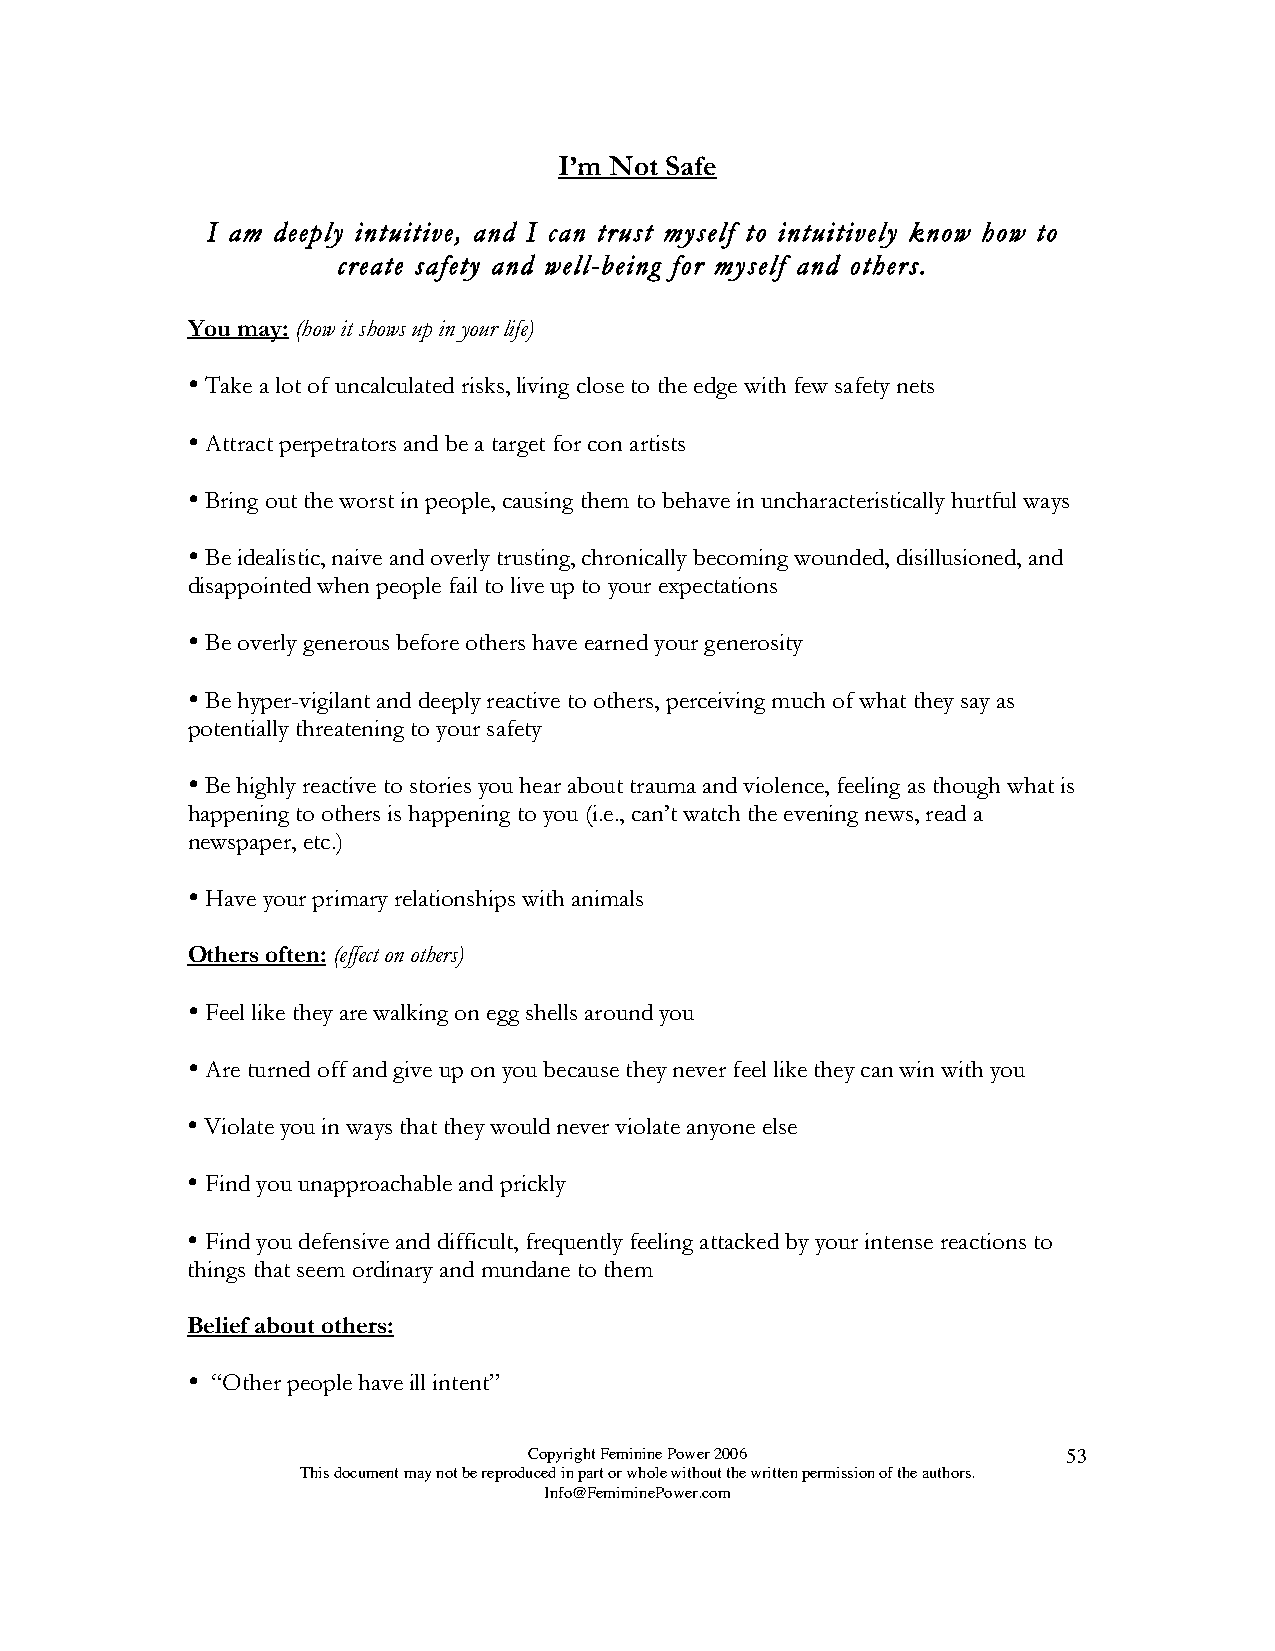
I’m Not Safe
 I am deeply intuitive, and I can trust myself to intuitively know how to
 create safety and well-being for myself and others.
 You may: (how it shows up in your life)
 
 Take a lot of uncalculated risks, living close to the edge with few safety nets
 
 Attract perpetrators and be a target for con artists
 
 Bring out the worst in people, causing them to behave in uncharacteristically hurtful ways
 
 Be idealistic, naive and overly trusting, chronically becoming wounded, disillusioned, and
 disappointed when people fail to live up to your expectations
 
 Be overly generous before others have earned your generosity
 
 Be hyper-vigilant and deeply reactive to others, perceiving much of what they say as
 potentially threatening to your safety
 
 Be highly reactive to stories you hear about trauma and violence, feeling as though what is
 happening to others is happening to you (i.e., can’t watch the evening news, read a
 newspaper, etc.)
 
 Have your primary relationships with animals
 Others often: (effect on others)
 
 Feel like they are walking on egg shells around you
 
 Are turned off and give up on you because they never feel like they can win with you
 
 Violate you in ways that they would never violate anyone else
 
 Find you unapproachable and prickly
 
 Find you defensive and difficult, frequently feeling attacked by your intense reactions to
 things that seem ordinary and mundane to them
 Belief about others:
 
 “Other people have ill intent”
 Copyright Feminine Power 2006       53
 This document may not be reproduced in part or whole without the written permission of the authors.
 Info@FemiminePower.com